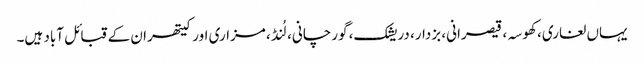
یہاں لغاری، کھوسہ، قیصرانی، بزدار، دریشک، گورچانی، لُنڈ، مزاری اور کیتھران کے قبائل آباد ہیں۔